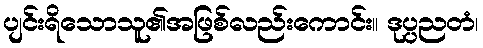
ပျင်းရိသောသူ၏အဖြစ်လည်းကောင်း။ ဒုပ္ပညတံ၊